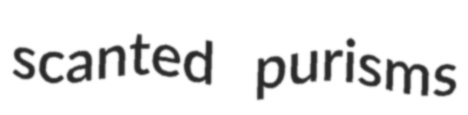
scanted purisms